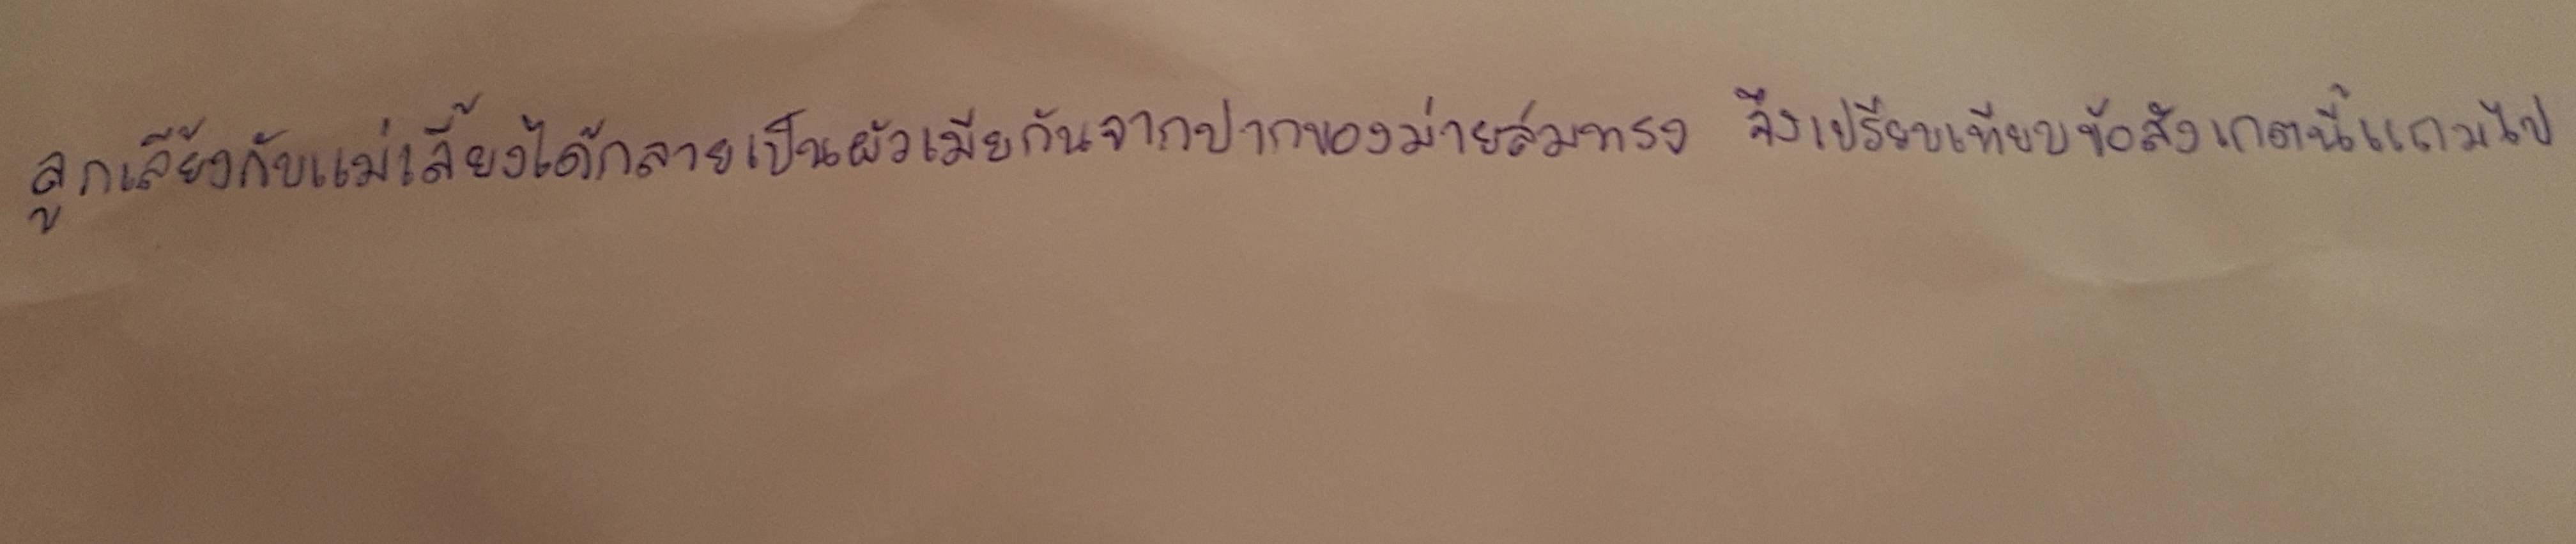
ลูกเลี้ยงกับแม่เลี้ยงได้กลายเป็นผัวเมียกันจากปากของม่ายสมทรงจึงเปรียบเทียบข้อสังเกตนี้แถมไป